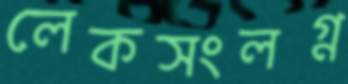
লেকসংলগ্ন